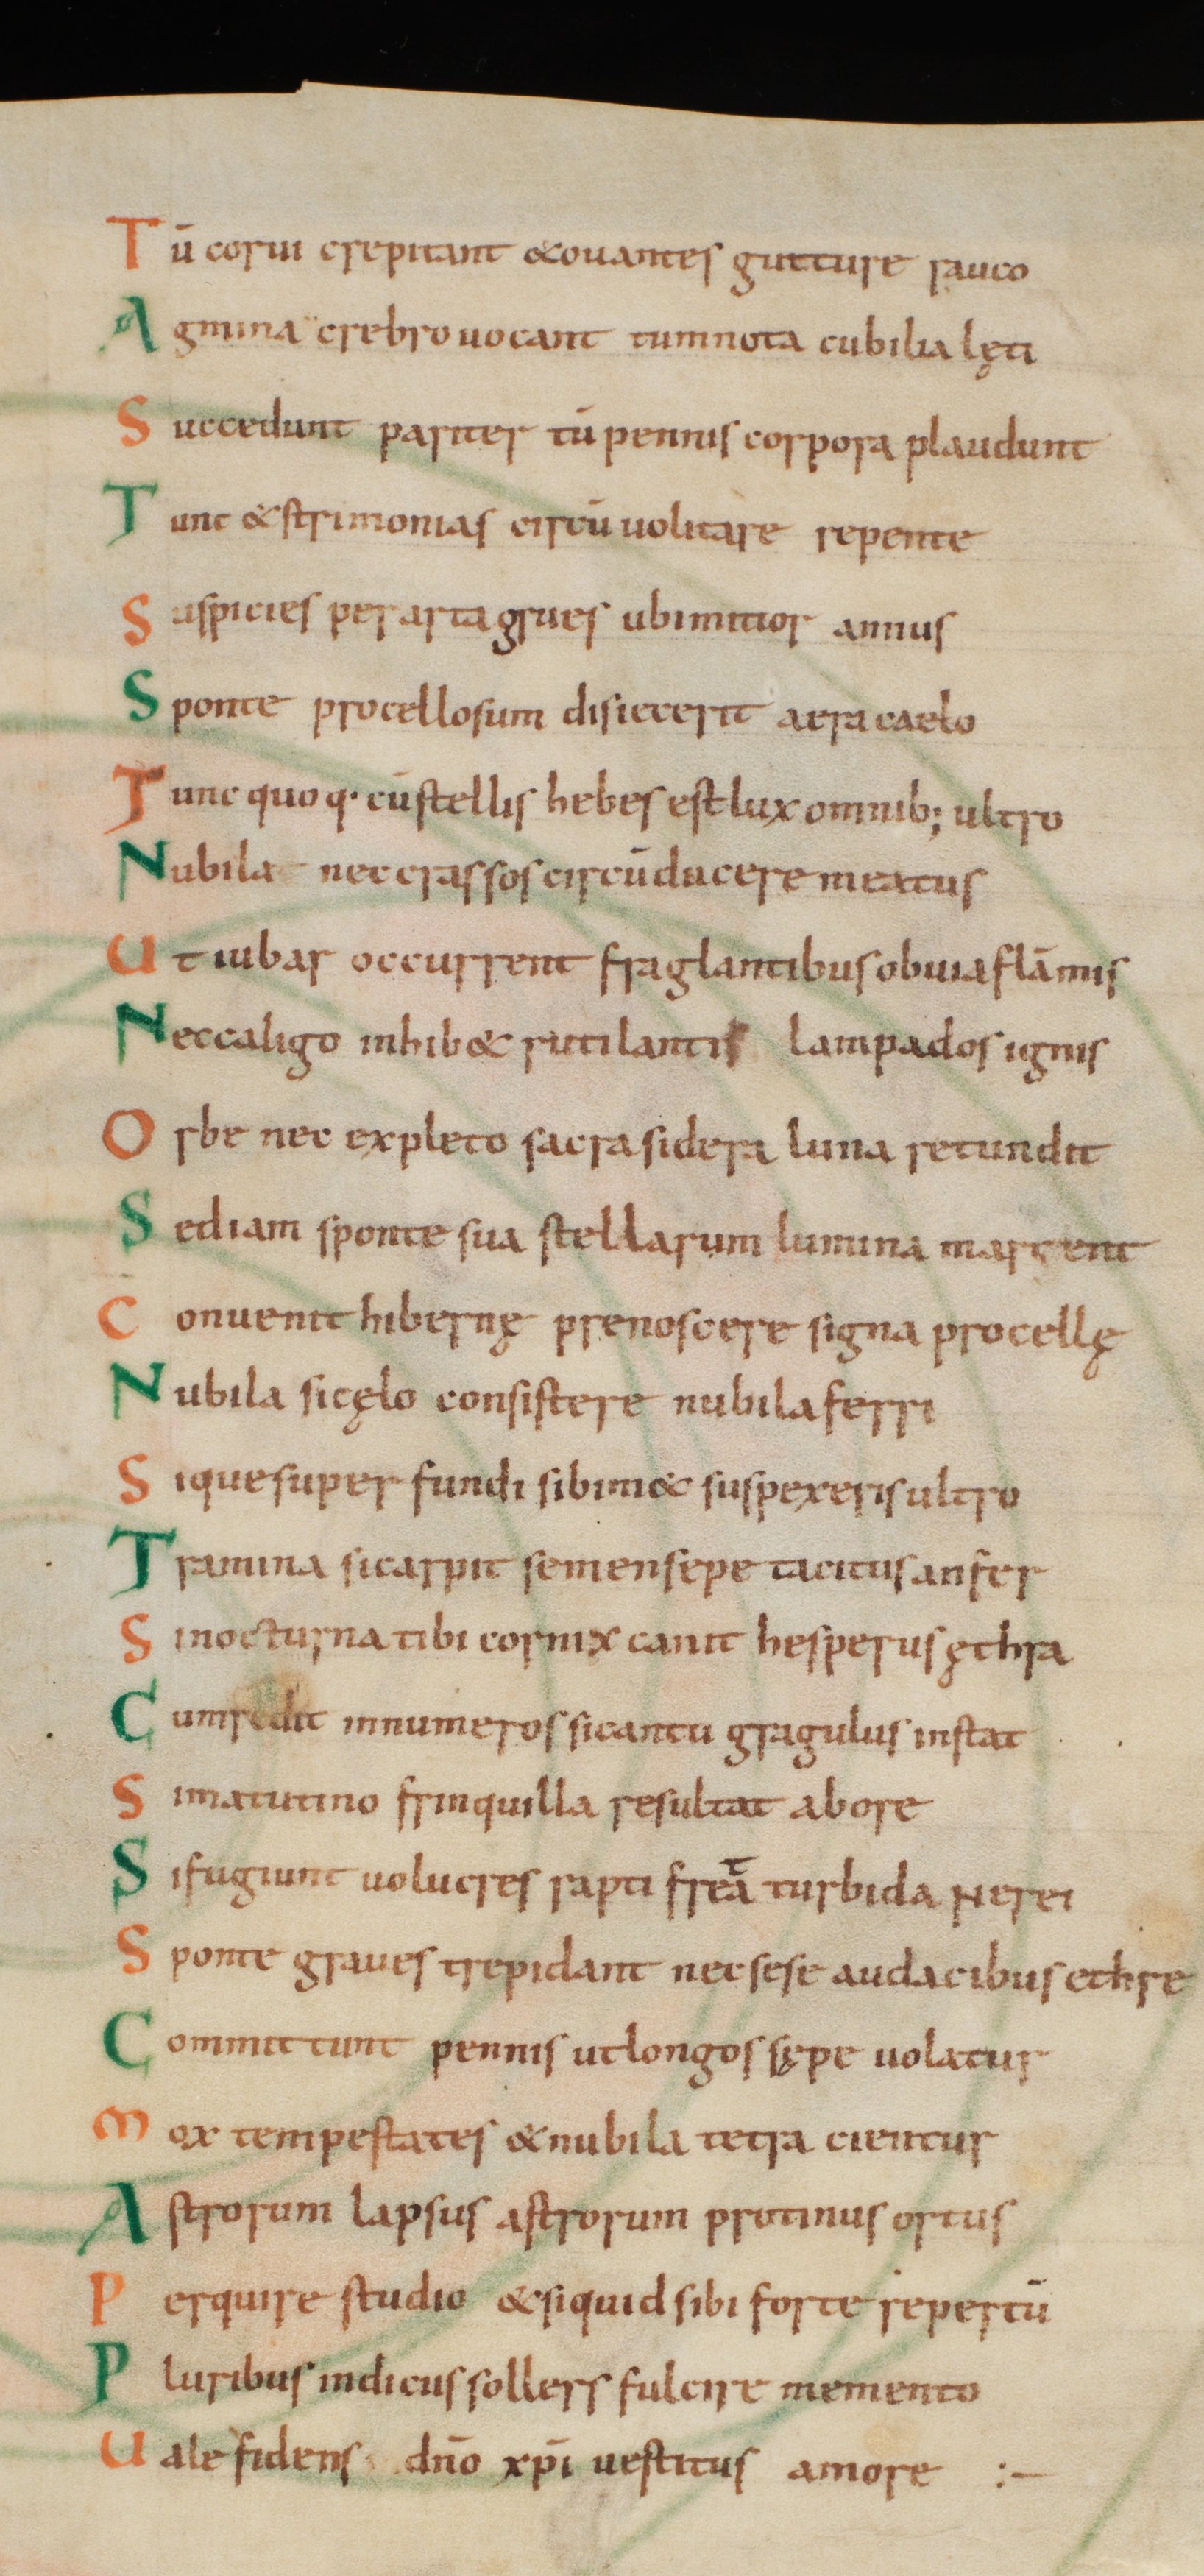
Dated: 1000–1028